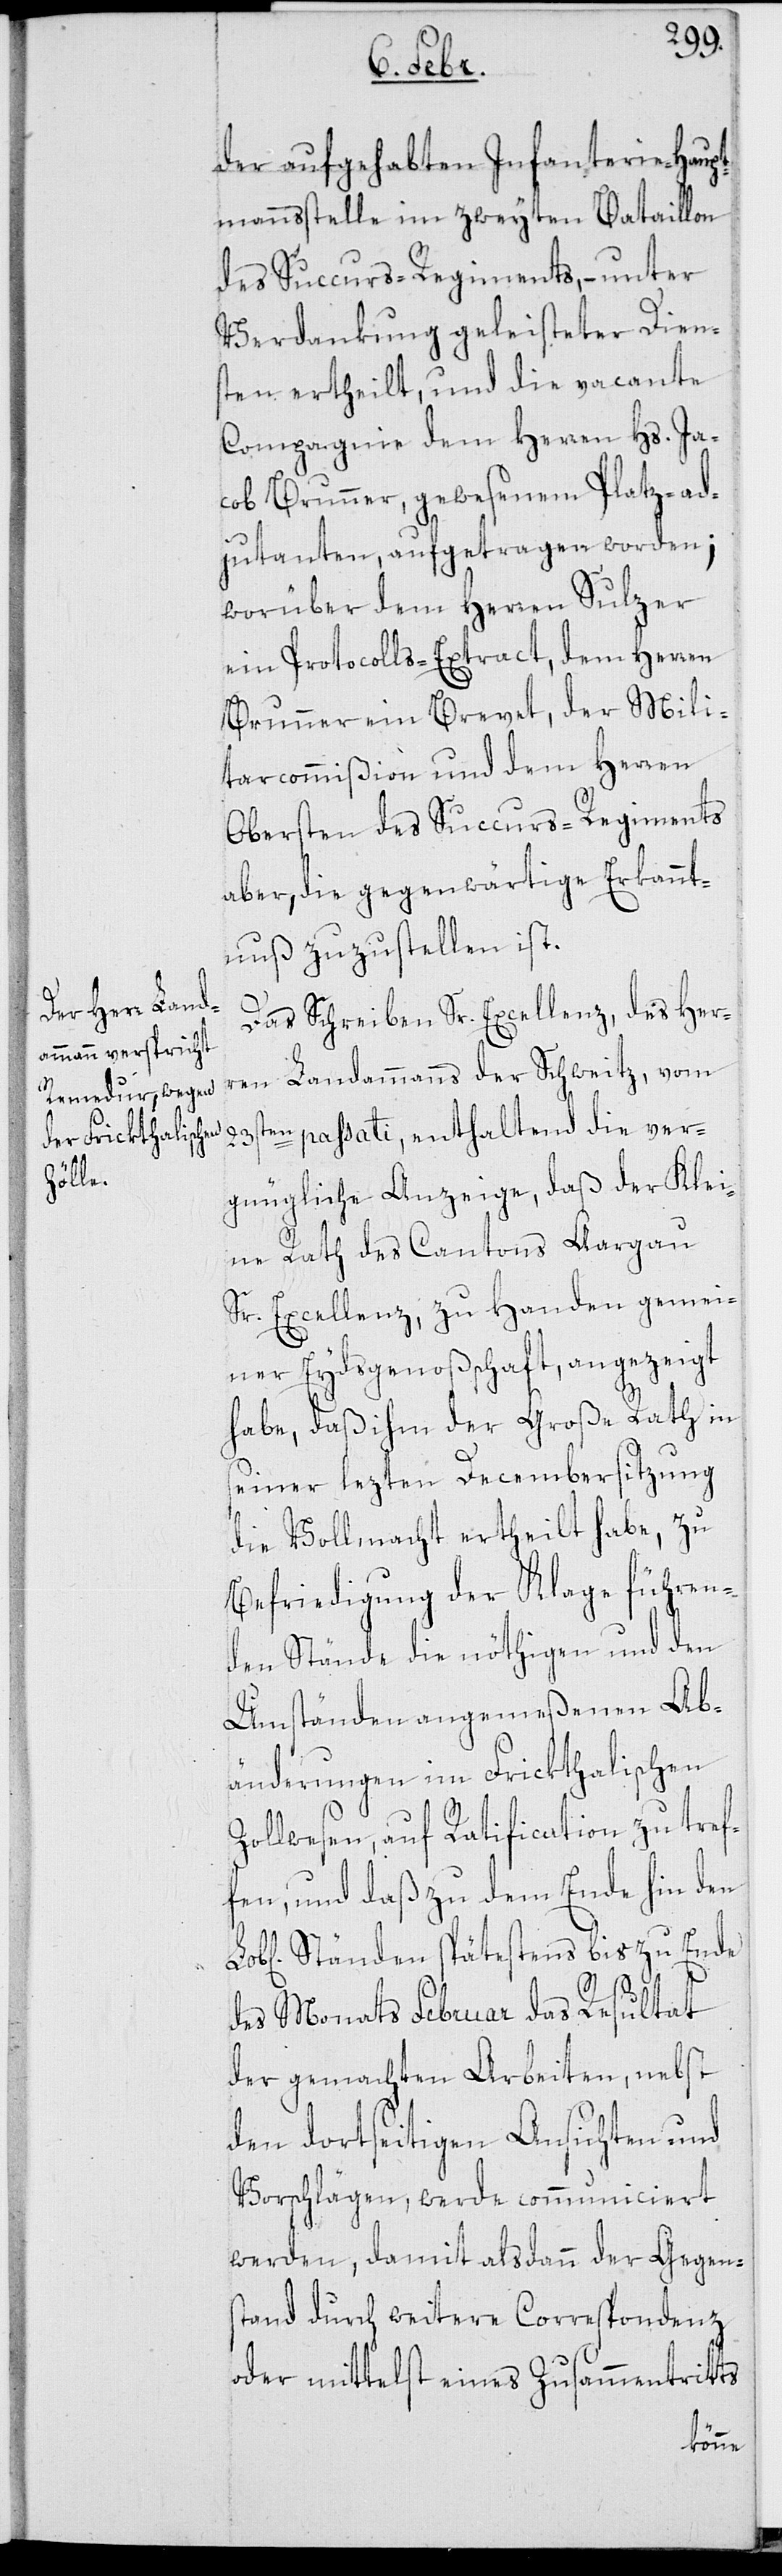
der aufgehabten Infanterie-Haupt¬
mannsstelle im zweyten Bataillon
des Succurs-Regiments, – unter
Verdankung geleisteter Diens¬
ten ertheilt, und die vacante
Compagnie dem Herren Hs. Ja¬
cob Brunner, gewesenem Platz-Ad¬
judanten aufgetragen worden;
worüber dem Herren Sulzer
ein Protocolls-Extrakt, dem Herren
Brunner ein Brevet, der Mili¬
tarcommißion und dem Herren
Obersten des Succurs-Regiments
aber die gegenwärtige Erkannt¬
nuß zuzustellen ist.
Das Schreiben Sr. Excellenz des Her¬
ren Landammanns der Schweitz, vom
23sten passati, enthaltend die ver¬
gnügliche Anzeige, daß der Klei¬
ne Rath des Cantons Aargau
Sr. Excellenz zu Handen gemei¬
ner Eydsgenoßenschaft, angezeigt
habe, daß ihm der Große Rath in
seiner lezten Decembersitzung
die Vollmacht ertheilt habe, zu
Befriedigung der Klage führen¬
den Stände die nöthigen und den
Umständen angemeßenen Ab¬
änderungen im Frickthalischen
Zollwesen, auf Ratification zu tref¬
fen, und daß zu dem Ende hin den
Ständen spätestens bis zu Ende
des Monats Februar das Resultat
der gemachten Arbeiten, nebst
den dortseitigen Ansichten und
Vorschlägen, werde communiciert
werden, damit alsdann der Gegen¬
stand durch weitere Correspondenz
oder mittelst eines Zusammentritts